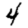
Digit: 4